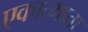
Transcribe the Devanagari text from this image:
एकात्माता